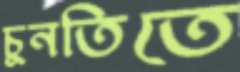
চুনতিতে